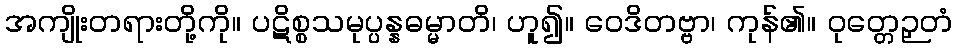
အကျိုးတရားတို့ကို။ ပဋိစ္စသမုပ္ပန္နဓမ္မာတိ၊ ဟူ၍။ ဝေဒိတဗ္ဗာ၊ ကုန်၏။ ဝုတ္တေဉှတံ